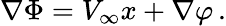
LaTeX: \nabla\Phi=V_{\infty}x+\nabla\varphi\, .